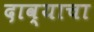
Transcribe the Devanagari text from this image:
दाव्याचा